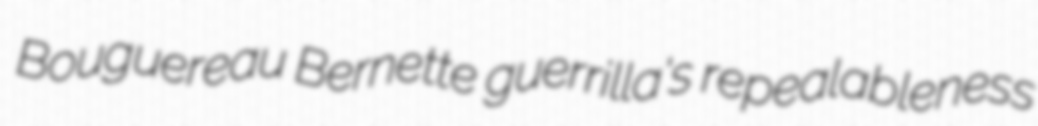
Bouguereau Bernette guerrilla's repealableness